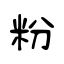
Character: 粉